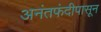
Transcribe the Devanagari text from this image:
अनंतफंदीपासून